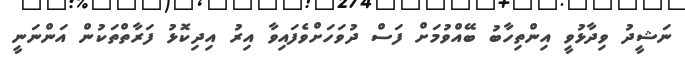
ނަޝީދު ވިދާޅުވީ އިންތިހާބު ބޭއްވުމަށް ފަސް ދުވަހަށްވެފައިވާ އިރު އިދިކޮޅު ފަރާތްތަކުން އަންނަނީ